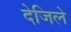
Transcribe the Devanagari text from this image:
देजिले